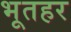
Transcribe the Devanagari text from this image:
भूतहर